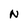
Character: N